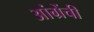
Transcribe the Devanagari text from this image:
आंग्रेंची